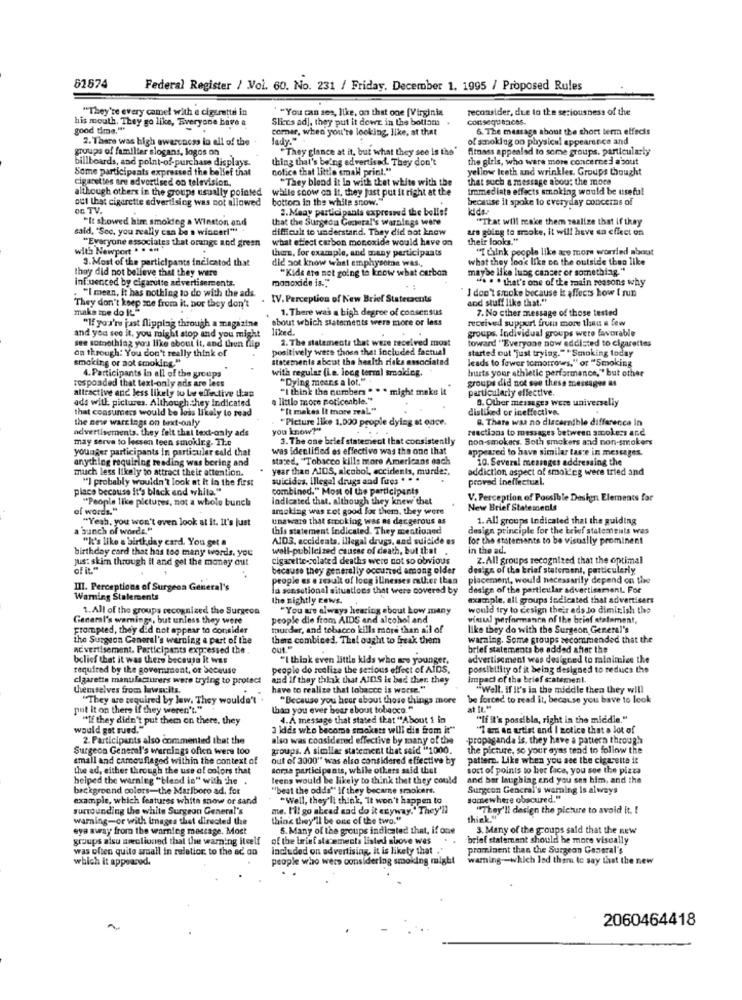
61574
Federal Register / Vol. 60. No. 231 / Friday. December 1. 1995 / Proposed Rules
"They're every camel with e cigarette in
"You can see, like, on that one [Virginia
reconsider, due to the seriousness of the
his mouth, They go like, Everyone have a
Sliecs ad), they put it down in the bottom
Consequences.
good time.""
corner, when you're looking, like, at that
6. The message about the short term effects
2. There was high awareness lo ell of the
lady."
of smoking on physical appearance and
groups of familiar slogans, logos on
"They glance at it, but what they see is the"
fitmass appealad to some groups, particularly
billboards, and point-of-purchase displays.
thing that's being advertised. They don't
the girls, who were more concerned about
Some participants expressed the belief that
cofice that little small print."
yellow teeth and wrinkles. Groups thought
cigarettes are advertised on television,
"They blend it in with that white with the
that such a message about the moc
although others in the groups usually pointed
while soow on it, they just put it right at the
tramediate effects smoking would be useful
out thet cigarette advertising was not allowed
bottom in the white snow.
because it spoke to everyday concerns of
OG TV.
3. Maay participanla expresaud the belie!
kids:
"It showed him smokteg a Winston and
that the Surgeon General's warnings were
"That will reakce them realize that if they
said, "Sec. you really can be a wincer!""
difficult to understand. They did not know
ars going to smoke, it will have sa effect on
"Everyone associates that orange and green
what effect carbon monoxide would have on
their looks."
with Newport . . ..
thus, for example, and many participants
"I Link people like ace more worried about
3. Most of the participants indicatod that
did not know what emphysome was,
what they look like on the outside then like
thay did not believe that they were
"Kids are not going to know what carbon
maybe like lung cancer or something."
influenced by cigarutte advertisements.
monoxide is.""
we . . that's one of the main reasons why
"I mean, It has nothing to do with the ads.
I don't smoke because it affects how I run
IV. Perception of New Brief Statecacuts
and stuff like that."
make me do It"
They don't keep zde from it. por they don't
1. There was a high degree of consensus
7. No cther message of those tested
about which statements were more or less
received support from more than a few
and you see it. you might stop and you might
"If you're just flipping through a magazine
groups. Individual groups were favorable
see something you like about it, and thun filp
2. The statements that were received most
toward "Everyone now eddisted to cigarettes
on through: You don't really think of
positively were those that included factual
started out "just trying."* Smoking today
smoking or aot smoking."
stacements about the health risks associated
leads to fower tomorrows," or "Smoking
4. Participants in all of the groups
with regular (Le. long term) smoking.
hurts your athletic performance," but other
responded that text-only ads are less
"Dying means a lot."
groups did not see these messages as
"I think the numbers " " * might make it
particularly effective.
attractive and less likely to be effective than
ads with pictures. Although. they Indicated
a little more noticeable."
9. Other messages were universelly
that consumers would be less likely to read
"It makes It more real."
disliked or ineffective.
the new wart ings on text-only
"Picture like 1,000 people dying at once.
8. There was no discernible differecca In
advertisements, they fait that text-only ads
you know?"
reactions to messages between smokers and
may serve to lecsen teen smoking. 21.c
3. The one brief statement that consistently
non-smokers. Both smokers and non-smokers
younger participants In particular cald that
was Identified es effective was the one that
appeared to have similar taste in messages.
anything requiring reading was boring and
stated, "Tobacco kills more Americans each
10. Several meninges addressing the
much less likely to attract their attention.
year than AIDS, alcobol, accidents, murde :.
addiction aspect of smoideg were tried and
"] probably wouldn't look at it in the first
suicides, illegal drugs and fures . . .
proved inellectual.
place because it's black and white."
combined." Most of the participants
"People like pictures, not a whole bunch
Indicated that. although they knew that
V. Perception of Possible Design Elements for
of words."
smoking was tot good for them, they were
New Brief Statemeals
"Yeah, you won't even look at It. It's just
unaware that scooking was as dar gerous as
1. All groups Indicated that the guiding
a bunch of words."
this statement indicated. They mentioned
design principle for the brief statements was
"It's like a birthday card. You get a
AID3, accidents, illegal drugs, and suicide es
for the statements to be visually prominent
birthday card that has too many words. you
well-publicized causse of death, but that
in the ad.
jus: skim through it and gel the money out
cigarette-colated deaths were not so obvious
Z.All groups recognized that the optimal
of it."
because they generally occurred among older
design of the brief statersent, particularly
people es a result of long illnesses rather than
placement, would necessarily depend on the
III. Perceptions of Surgeon General's
la sensational situations that were covered by
design of the particular advertisement. For
Warning Stalements
the nightly cews.
example, all groups indicated that advertisers
1. All of the groups recognized the Surgeon
"You are always hearing about how many
would try to design their ads to diminish the
General's warnings, but unless they were
people die from AIDS and alcohol and
vintual performance of the brief stalament,
prompted, they did not appear to consider
murder, and tobacco kills more than ail of
like they do with the Surgeon General's
the Surgeon General's werning a part of the
this combined. Thei ought to freak them
warning. Some groups recommended that the
Advertisement. Participants expressed the .
brief statements be added after the
belief that it was there because it was
"I think even little kids who are younger,
advertisement was designed to minimice the
required by the government, or because
people do realize the serious effect of AIDS,
possibility of it being designed to reduce the
cigaretta manufacturers were trying to protect
and If they think that AIDS is bad ther they
Impact of the brief scatemen !.
themselves from lawsuits.
have to realize that tobacco is worse."
"Well. if It's in the middle then they will
"They are required by law. They wouldn't
"Because you hear about those things more
be forced to read it, because you have to look
put it on there If they weren't."
than you ever bear about tobacco."
at It M
"If they didn't put them on there. they
4. A message that stated that "About 1 in
"If it's possible, right in the middle."
would gat rued."
3 kids who become smokers will die from it"
"I am An artist and I zotice that a lot of
2. Participants also commented that the
also was considered effective by many of the
-propaganda is, they have a pattern through
Surgeon General's warnings often were too
groups. A similar statement that said "1000.
the picture, so your ayas tend to follow the
small and camouflaged within the context of
out of 3000" was also considered effective by
pattern. Like when you see the cigarette it
the ad, either through the use of colors that
somza participants, while others said that
sort of points to her face, you see the pizza
helped the warning "blend in" with the .
leens would be likely to think that they could
and bar laughing end you ses him, and the
background colors-the Marlboro ad, for
"beat the odds" If they became smokers.
Surgeon General's warning is always
example, which features white snow or sand
"Well, they'll think, It won't happen to
somewhere obscured."
surrounding the white Surgeon General's
me. I'll go ahead and do it czyway." They'll
""They'll design the picture to avoid it. !
warning-or with Inages thet directed the
thing they'll be one of the two."
think."
eya away from the warning message. Most
5. Many of the groups indicated that, if one
3. Many of the groups said that the new
groups alsu sseclioned that the warning itself
of the bariet statements listed above wes
brief statement should be more visually
was often quite areall in relation to the ad on
included on advertising, it is likely that
prominent than the Surgeon General's
which it appeared.
people who were considering smoking might
warning -- which led them to say that the new
2060464418